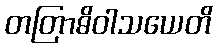
တတြာဓိဝါသယေတိ